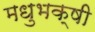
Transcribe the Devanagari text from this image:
मधुभक्षी